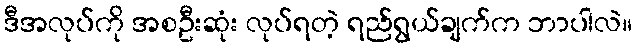
ဒီအလုပ်ကို အစဦးဆုံး လုပ်ရတဲ့ ရည်ရွယ်ချက်က ဘာပါလဲ။